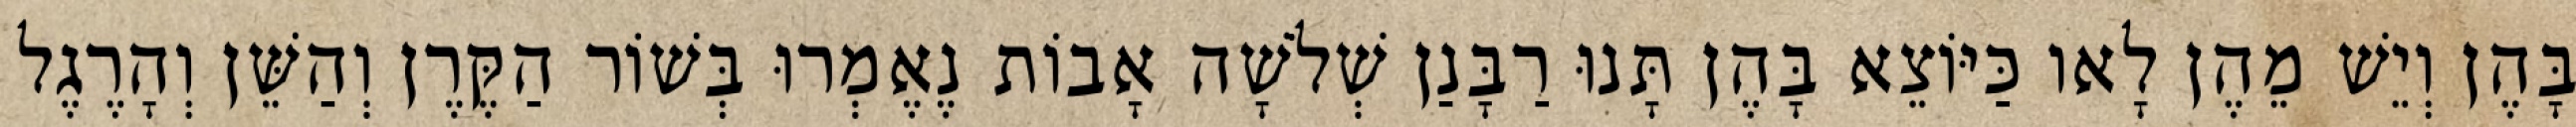
בָּהֶן וְיֵשׁ מֵהֶן לָאו כַּיּוֹצֵא בָּהֶן תָּנוּ רַבָּנַן שְׁלֹשָׁה אָבוֹת נֶאֶמְרוּ בְּשׁוֹר הַקֶּרֶן וְהַשֵּׁן וְהָרֶגֶל